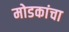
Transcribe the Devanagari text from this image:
मोडकांचा